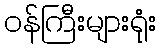
ဝန်ကြီးများရုံး